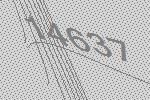
14637